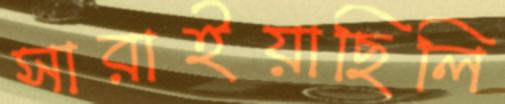
সারাইয়াছিলি